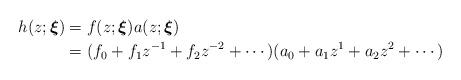
LaTeX: \begin{align*}h(z;\boldsymbol{\xi }) &=f(z;\boldsymbol{\xi })a(z;\boldsymbol{\xi }) \\&=(f_{0}+f_{1}z^{-1}+f_{2}z^{-2}+\cdots)(a_{0}+a_{1}z^{1}+a_{2}z^{2}+\cdots )\end{align*}